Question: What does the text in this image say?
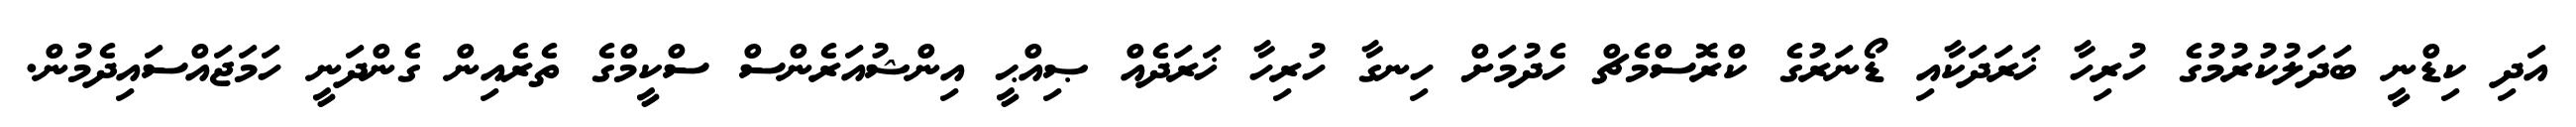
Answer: އަދި ކިޑްނީ ބަދަލުކުރުމުގެ ހުރިހާ ޚަރަދަކާއި ޑޯނަރުގެ ކްރޮސްމެޗް ހެދުމަށް ހިނގާ ހުރިހާ ޚަރަދެއް ޞިއްޙީ އިންޝުއަރެންސް ސްކީމްގެ ތެރެއިން ގެންދަނީ ހަމަޖައްސައިދެމުން.